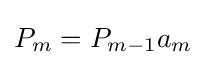
P_{m}=P_{m-1}a_{m}